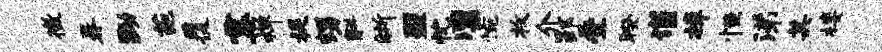
徵晷黝葩覆霎禅提甥斛晰盟忱凛惋枚介郢叠暌谨樟恒涕其楼